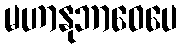
မဟာနုဘာဝေပေ